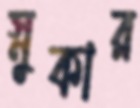
স্নুকার